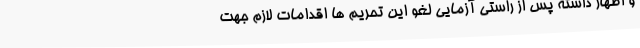
و اظهار داشته پس از راستی آزمایی لغو این تحریم ها اقدامات لازم جهت